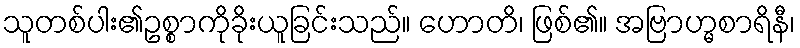
သူတစ်ပါး၏ဥစ္စာကိုခိုးယူခြင်းသည်။ ဟောတိ၊ ဖြစ်၏။ အဗြာဟ္မစာရိနီ၊